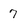
Character: 7